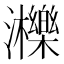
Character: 𤄿